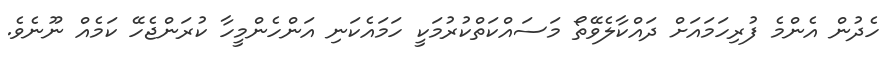
ހެދުން އެންމެ ފުރިހަމައަށް ދައްކާލެވޭތޯ މަސައްކަތްކުރުމަކީ ހަމައެކަނި އަންހެންމީހާ ކުރަންޖެހޭ ކަމެއް ނޫނެވެ.